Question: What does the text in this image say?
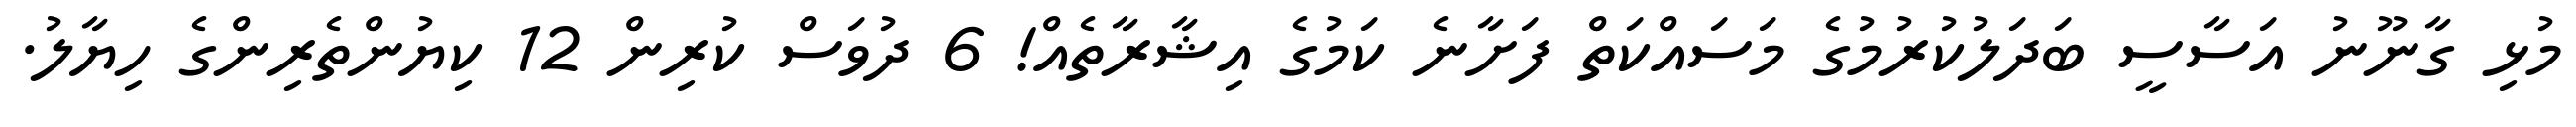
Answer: މުޅި ގާނޫނު އަސާސީ ބަދަލުކުރުމުގެ މަސައްކަތް ފަށާނެ ކަމުގެ އިޝާރާތެއް! 6 ދުވަސް ކުރިން 12 ކިޔުންތެރިންގެ ހިޔާލު.